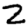
Digit: 2